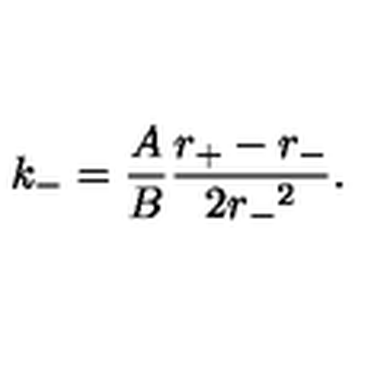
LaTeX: k _ { - } = \frac { A } { B } \frac { r _ { + } - r _ { - } } { 2 { r _ { - } } ^ { 2 } } .